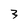
Character: 3